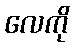
လေကို